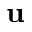
{ \bf u }